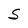
Character: S